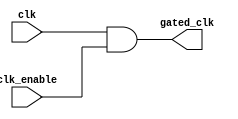
module clock_gating (
    input wire clk,            // Primary clock signal
    input wire clk_enable,     // Clock enable signal
    output wire gated_clk      // Gated clock output
);

// AND gate implementation for clock gating
assign gated_clk = clk & clk_enable;

endmodule